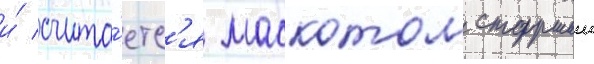
и́ счита́етс'я маскотом старшеи